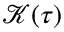
\mathcal { K } ( \tau )